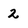
Character: 2